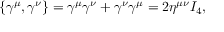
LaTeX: \{ \gamma ^ { \mu } , \gamma ^ { \nu } \} = \gamma ^ { \mu } \gamma ^ { \nu } + \gamma ^ { \nu } \gamma ^ { \mu } = 2 \eta ^ { \mu \nu } I _ { 4 } ,